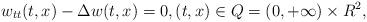
LaTeX: \begin{align*}w_{tt}(t,x)-\Delta w(t,x)=0,(t,x)\in Q=(0,+\infty)\times R^2,\end{align*}